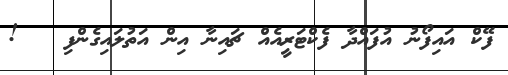
ފޭކް އައިފޯނު އުފައްދާ ފެކްޓަރީއެއް ޗައިނާ އިން އަތުލައިގެންފި   !